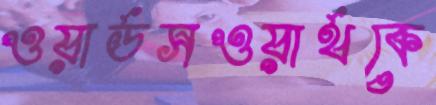
ওয়ার্ডসওয়ার্থকে